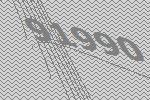
91990